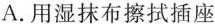
A.用湿抹布擦拭插座